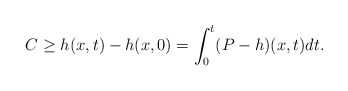
\begin{align*}C\geq h(x,t)-h(x,0)=\int_{0}^{t}(P-h)(x,t)dt.\end{align*}